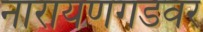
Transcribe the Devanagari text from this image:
नारायणगडवर